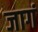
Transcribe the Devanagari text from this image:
जागं